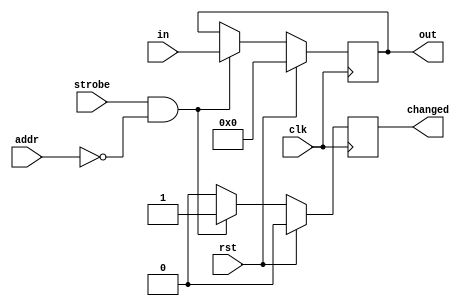
module setting_reg
#(
    parameter my_addr = 0,
    parameter width = 32,
    parameter at_reset=32'd0
)
(
    input clk,
    input rst,
    input strobe,
    input wire [7:0] addr,
    input wire [31:0] in,
    output reg [width-1:0] out,
    output reg changed
);

always @(posedge clk)
    if(rst)
    begin
        out <= at_reset;
        changed <= 1'b0;
    end
    else
        if(strobe & (my_addr==addr))
        begin
            out <= in;
            changed <= 1'b1;
        end
        else
            changed <= 1'b0;
endmodule